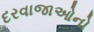
દરવાજાઓનો